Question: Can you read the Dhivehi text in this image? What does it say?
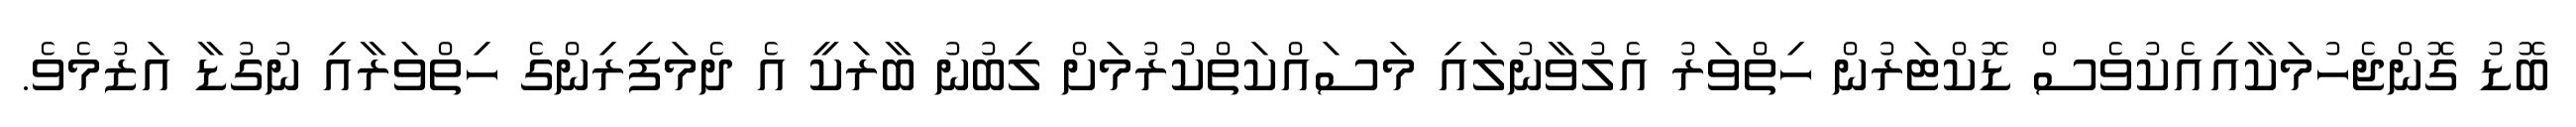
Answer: ބޮޑު ގޮންޖެހުމަކާއިއެކުވެސް ޑޮކްޓަރުން ހިތްވަރު އެލުވާނުލައި މަސައްކަތްކުރުމަށް ލިބުނު ބާރަކީ އެ ދެމަފިރިންގެ ހިތްވަރާއި ނުގުޑާ އަޒުމެވެ.